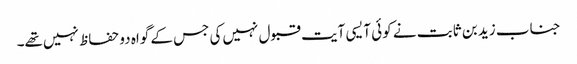
جناب زید بن ثابت نے کوئی آیسی آیت قبول نہیں‌کی جس کے گواہ دو حفاظ نہیں‌تھے۔